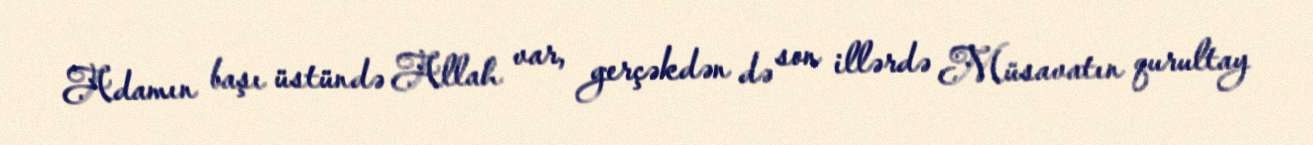
Adamın başı üstündə Allah var, gerçəkdən də son illərdə Müsavatın qurultay